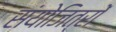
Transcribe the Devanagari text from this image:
संयोजित्रों